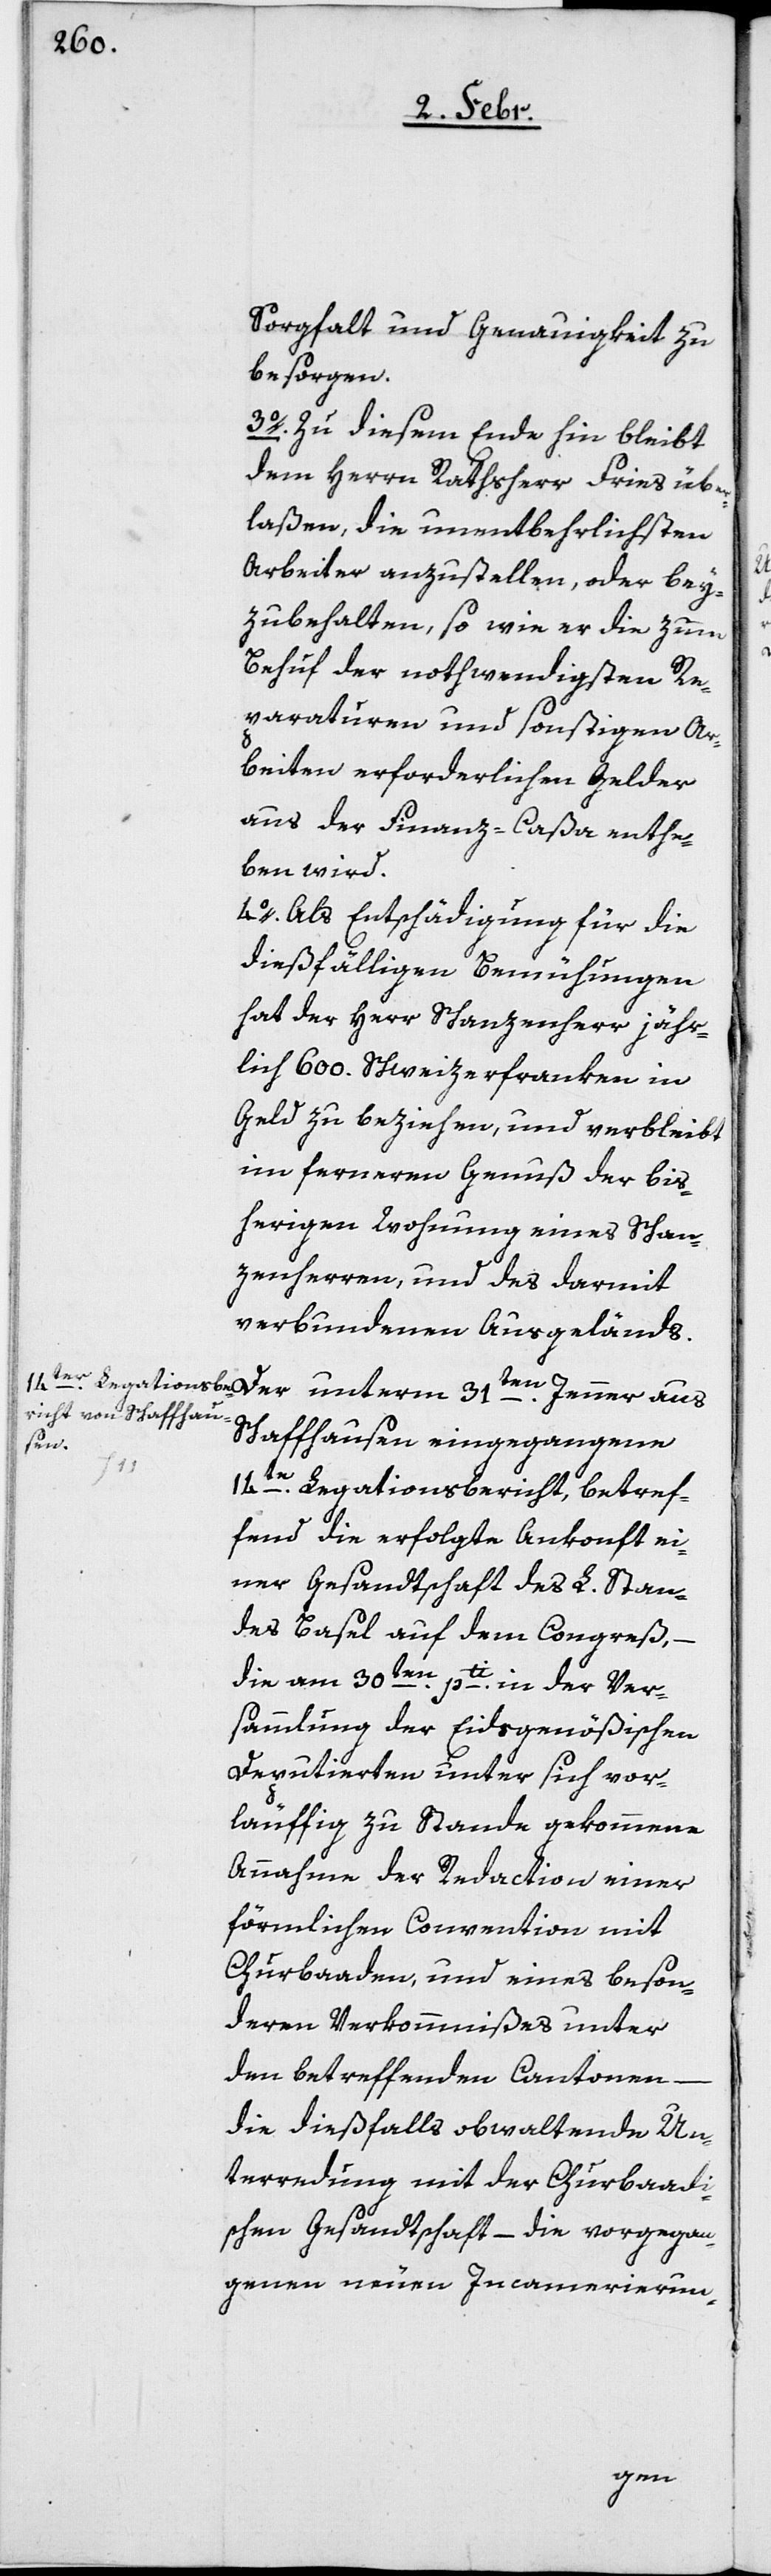
Sorgfalt und Genauigkeit zu
besorgen.
3o. Zu diesem Ende hin bleibt
dem Herrn Rathsherr Fries über¬
laßen, die unentbehrlichsten
Arbeiter anzustellen, oder bey¬
zubehalten, so wie er die zum
Behuf der nothwendigsten Re¬
paraturen und sonstigen Ar¬
beiten erforderlichen Gelder
aus der Finanz-Caßa enthe¬
ben wird.
4o. Als Entschädigung für die
dießfälligen Bemühungen
hat der Herr Schanzenherr jähr¬
lich 600. Schweizerfranken in
Geld zu beziehen, und verbleibt
im ferneren Genuß der bis¬
herigen Wohnung eines Schan¬
zenherren, und des darmit
verbundenen Ausgeländs.
Der unterm 31ten. Jenner aus
Schaffhausen eingegangene
14te. Legationsbericht, betref¬
fend die erfolgte Ankonft ei¬
ner Gesandtschaft des L. Stan¬
des Basel auf dem Congreß, –
die am 30ten. pti. in der Ver¬
sammlung der Eidsgenößischen
Deputierten unter sich vor¬
läuffig zu Stande gekommene
Annahme der Redaction einer
förmlichen Convention mit
Churbaaden, und eines beson¬
deren Verkommnißes unter
den betreffenden Cantonen
die dießfalls obwaltende Un¬
terredung mit der Churbaadi¬
schen Gesandtschaft – die vorgegan¬
genen neuen Incamerierun-